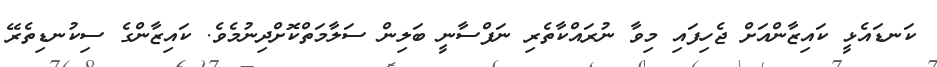
ކަނޑައެޅީ ކައިޒާންއަށް ޖެހިފައި މިވާ ނުރައްކާތެރި ނަފްސާނީ ބަލިން ސަލާމަތްކޮށްދިނުމެވެ. ކައިޒާންގެ ސިކުނޑިތެރޭ